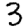
Digit: 3